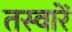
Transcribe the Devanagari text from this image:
तस्‍वारें